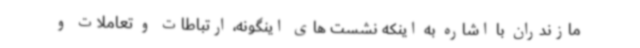
مازندران با اشاره به اینکه نشست های اینگونه، ارتباطات و تعاملات و